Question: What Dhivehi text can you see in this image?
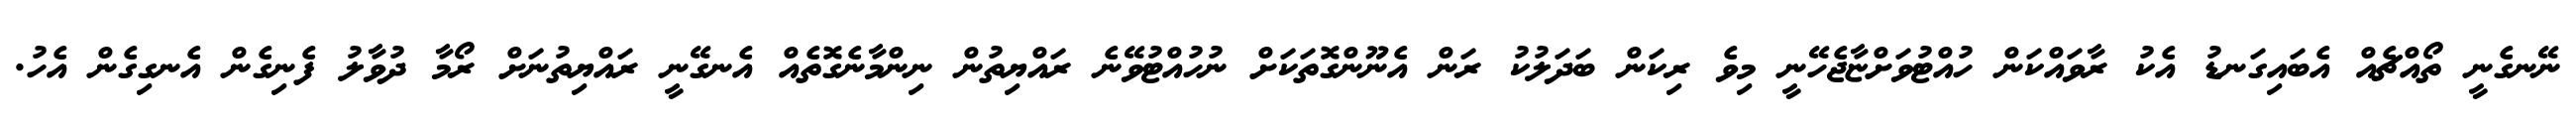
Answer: ނޭނގެނީ ތޯއްޗެއް އެބައިގަނޑު އެކު ރާވައްކަން ހުއްޓުވަށްޏާޖެހޭނީ މިވެ ރިކަން ބަދަލުކު ރަން އެނޫންގޮތަކަށް ނުހުއްޓުވޭނެ ރައްޔިތުން ނިންމާނެގޮތެއް އެނގޭނީ ރައްޔިތުނަށް ރޯމާ ދުވާލު ފެނިގެން އެނގިގެން އެހު.